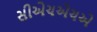
સીએચએચએ